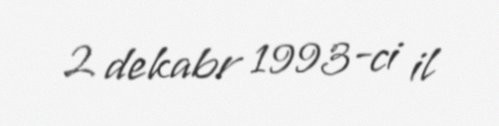
2 dekabr 1993-ci il